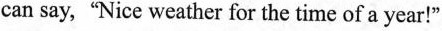
can say，"Nice weather for the time of a year！"